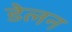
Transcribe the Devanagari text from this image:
डेलन